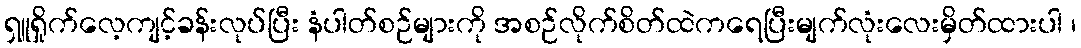
ရှူရှိုက်လေ့ကျင့်ခန်းလုပ်ပြီး နံပါတ်စဉ်များကို အစဉ်လိုက်စိတ်ထဲကရေပြီးမျက်လုံးလေးမှိတ်ထားပါ ၊